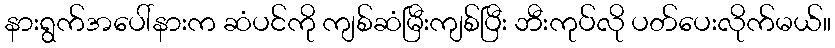
နားရွက်အပေါ်နားက ဆံပင်ကို ကျစ်ဆံမြီးကျစ်ပြီး ဘီးကုပ်လို ပတ်ပေးလိုက်မယ်။